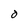
Character: 0